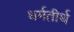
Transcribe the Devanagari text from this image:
धर्मतीर्थ